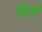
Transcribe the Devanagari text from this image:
मिरें